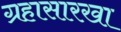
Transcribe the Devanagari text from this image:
ग्रहासारखा